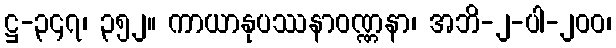
ဋ္ဌ-၃၄၇၊ ၃၅၂။ ကာယာနုပဿနာဝဏ္ဏနာ၊ အဘိ-၂-ပါ-၂၀၀၊